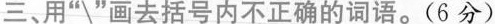
三、用”\”画去括号内不正确的词语。(6分)